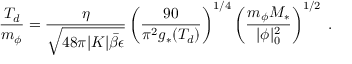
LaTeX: \frac { T _ { d } } { m _ { \phi } } = \frac { \eta } { \sqrt { 4 8 \pi | K | \bar { \beta } \epsilon } } \left( \frac { 9 0 } { \pi ^ { 2 } g _ { * } ( T _ { d } ) } \right) ^ { 1 / 4 } \left( \frac { m _ { \phi } M _ { * } } { | \phi | _ { 0 } ^ { 2 } } \right) ^ { 1 / 2 } \; .